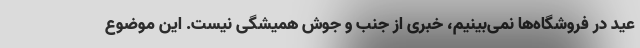
عید در فروشگاه‌ها نمی‌بینیم، خبری از جنب و جوش همیشگی نیست. این موضوع